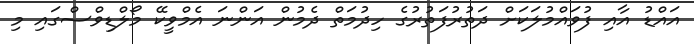
އައްޑު އާއި ފުވައްމުލަކަށް ދަތުރުފަތުރުގެ ހިދުމަތް ދެމުން އަންނަ އެމްވީކޭ މޯލްޑިވްސްގައި މި